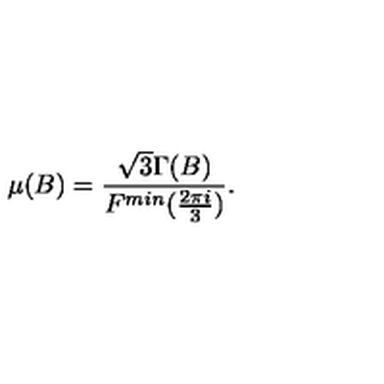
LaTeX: \mu ( B ) = \frac { \sqrt { 3 } \Gamma ( B ) } { F ^ { m i n } ( \frac { 2 \pi i } { 3 } ) } .